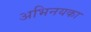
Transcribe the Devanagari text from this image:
अभिनयका